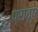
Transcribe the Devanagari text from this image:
प्रावृष